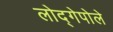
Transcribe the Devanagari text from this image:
लोद्गेपोले